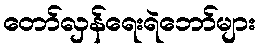
တော်လှန်ရေးရဲဘော်များ